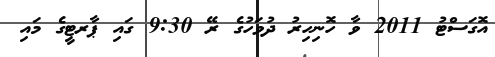
އޮގަސްޓު 2011 ވާ ހޮނިހިރު ދުވަހުގެ ރޭ 9:30 ގައި ޕާރޓީގެ މައި